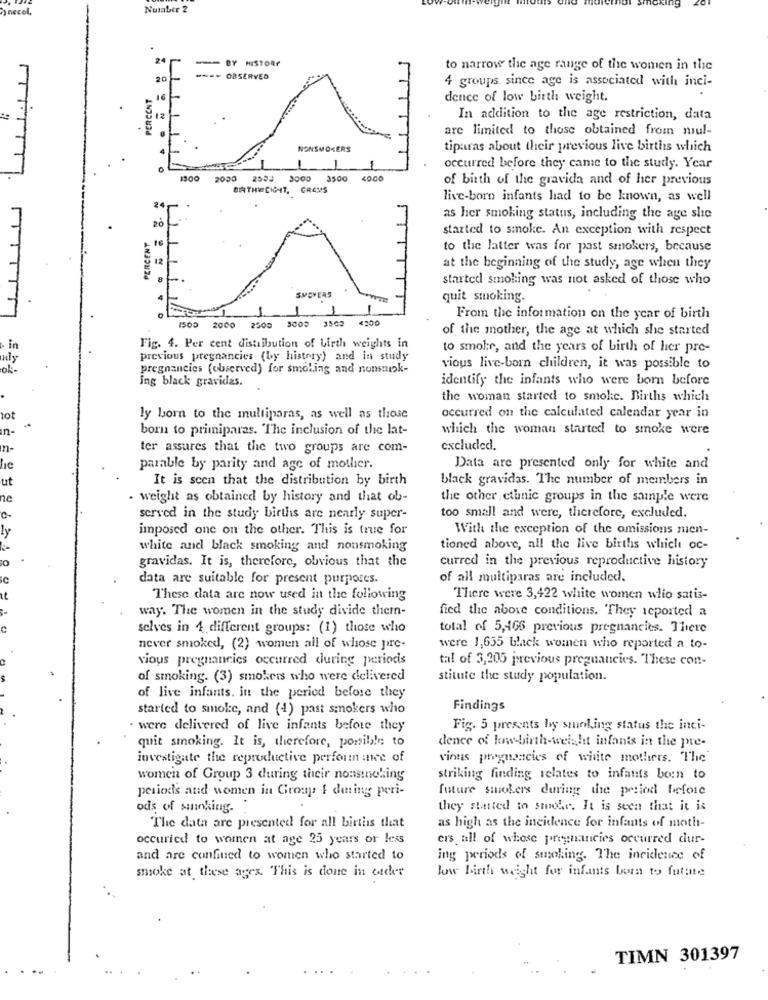
Number 2
24
-- BY HISTORY
to narrow the age range of the women in the
20
---- OBSERVED
4 groups since age is associated with inci-
PERCENT
dence of low birth weight.
1.T
12
In addition to the age restriction, data
are limited to those obtained from mul-
NONSMOKERS
tiparas about their previous live births which
-
0
1
occurred before they came to the study. Year
1300 2030 2533 3000 3500 4000
of birth of the gravida and of her previous
BRTHELIGHT, GRAMS
live-born infants had to be known, as well
24
20
as her smoking status, including the age she
1
started to smoke. An exception with respect
PERCENT
to the latter was for past smokers, because
at the beginning of the study, age when they
started smoking was not asked of those who
SMOVERS
quit smoking.
3503
4,00
From the information on the year of birth
1500
2000
2500
3003
of the mother, the age at which she started
in
Fig. 4. Per cent distribution of birth weights in
to smoke, and the years of birth of her pre-
previous pregnancies (by history) and in study
ok
pregnancies (observed) for smol.ing and nonsmok-
vious live-born children, it was possible to
ing black gravidas.
identify the infants who were born before
the woman started to smoke. Births which
tot
ly born to the multiparas, as well as those
occurred on the calculated calendar year in
in-
born to primiparas. The inclusion of the lat-
which the woman started to smoke were
ter assures that the two groups are com-
excluded.
parable by parity and age of mother.
Data are presented only for white and
ut
It is scen that the distribution by birth
black gravidas. The number of members in
ne
· weight as obtained by history and that ob-
the other ethnic groups in the sample were
served in the study births are nearly super-
too small and were, therefore, excluded.
imposed one on the other. This is true for
With the exception of the omissions nien-
white and black smoking and nonsmoking
tioned above, all the live births which oc-
gravidas. It is, therefore, obvious that the
curred in the previous reproductive history
data are suitable for present purposes.
of all multiparas are included.
These data are now used in the following
There were 3,422 white women wlio satis-
way. The women in the study divide them-
fied the above conditions. They reported a
selves in 4 different groups: (1) those who
total of 5,466 previous pregnancies. There
never smoked, (2) women all of whose pre-
were 1,655 black women who reported a to-
vious pregnancies occurred during periocis
tal of 3,205 previous pregnancies. These con-
of smoking. (3) smokers who were delivered
stitute the study population.
of live infants, in the period before they
started to smoke, and (1) past smokers who
Findings
· were delivered of live infants before they
Fig. 5 presents hy smoking status the inci-
dence of low-birth-weight infants in the pre-
quit smoking. It is, therefore, possible to
investigate the reproductive performance of
rions pregnancies of white mothers. The
women of Group 3 during their nonsmoking
striking finding relates to infants boun to
periods and women in Group & during peri-
future smokers during the period before
ods of smoking ..
they started in smoke. It is seen that it is
The data are presented for all births that
as high as the incidence for infants of moth-
occuried to women at age 25 years or less
ers all of whose pregnancies occurred dur-
and are confined to women who started to
ing periods of smoking. The incidence of
smoke at these ages. This is done in order
low birth weight for infants born to futate
TIMN 301397